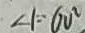
\angle 1 = 6 0 ^ { \circ }